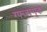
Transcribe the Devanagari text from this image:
ग्फ्ज्फ्ग्क